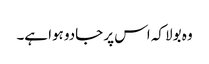
وہ بولا کہ اس پر جادو ہوا ہے۔